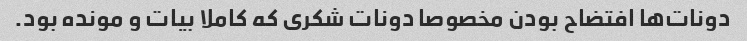
دونات‌ها افتضاح بودن مخصوصا دونات شکری که کاملا بیات و مونده بود.